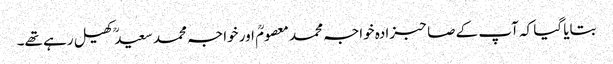
بتایا گیا کہ آپ کے صاحبزادہ خواجہ محمد معصومؒ اور خواجہ محمد سعیدؒ کھیل رہے تھے۔